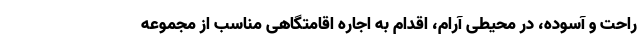
راحت و آسوده، در محیطی آرام، اقدام به اجاره اقامتگاهی مناسب از مجموعه